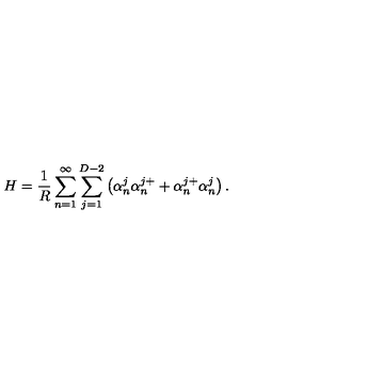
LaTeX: H = \frac { 1 } { R } \sum _ { n = 1 } ^ { \infty } \sum _ { j = 1 } ^ { D - 2 } \left( \alpha _ { n } ^ { j } \alpha _ { n } ^ { j + } + \alpha _ { n } ^ { j + } \alpha _ { n } ^ { j } \right) { . }